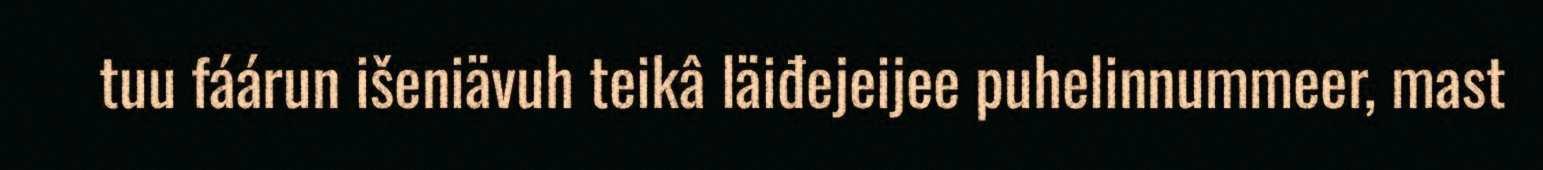
tuu fáárun išeniävuh teikâ läiđejeijee puhelinnummeer, mast